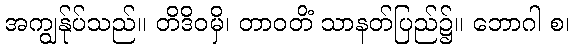
အကျွန်ုပ်သည်။ တိဒိဝမှိ၊ တာဝတိံ သာနတ်ပြည်၌။ ဘောဂါ စ၊